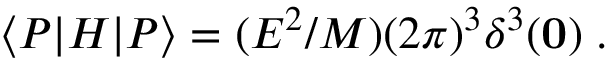
\langle P | H | P \rangle = ( E ^ { 2 } / M ) ( 2 \pi ) ^ { 3 } \delta ^ { 3 } ( \bf { 0 } ) \; .